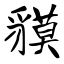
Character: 貘